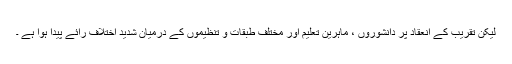
لیکن تقریب کے انعقاد پر دانشوروں ، ماہرین تعلیم اور مختلف طبقات و تنظیموں کے درمیان شدید اختلاف رائے پیدا ہوا ہے ۔